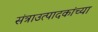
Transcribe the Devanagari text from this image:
संत्राउत्पादकांच्या